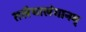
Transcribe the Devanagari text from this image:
तलैयालंगानम्